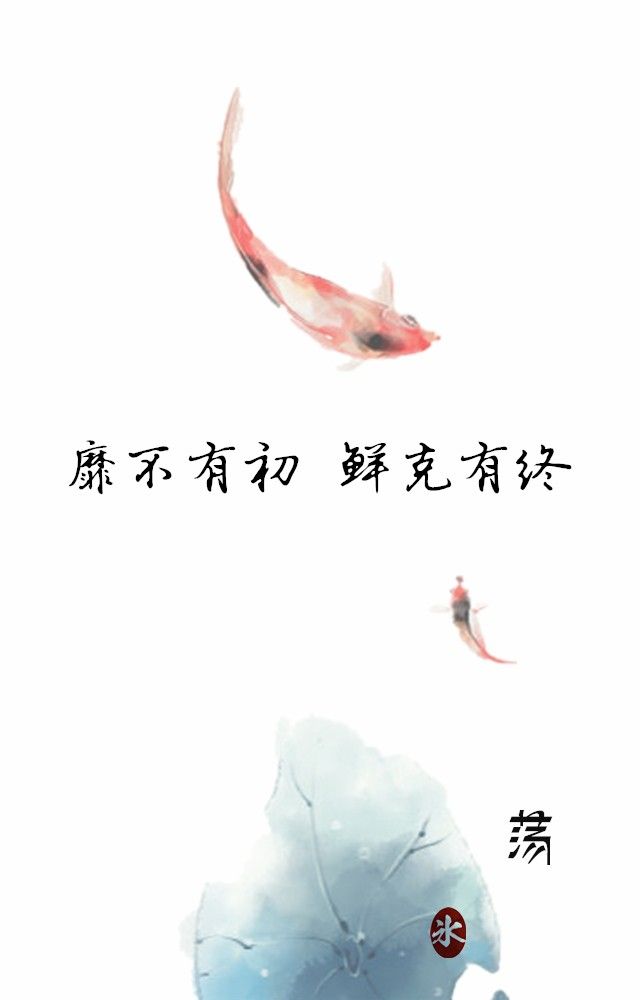
靡不有初，鲜克有终。